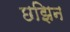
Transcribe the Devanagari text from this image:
छझिन